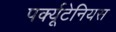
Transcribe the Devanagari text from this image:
पर्क्यूटेनियस